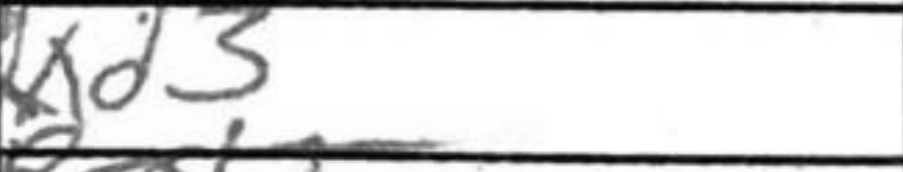
Transcription: Qxd3